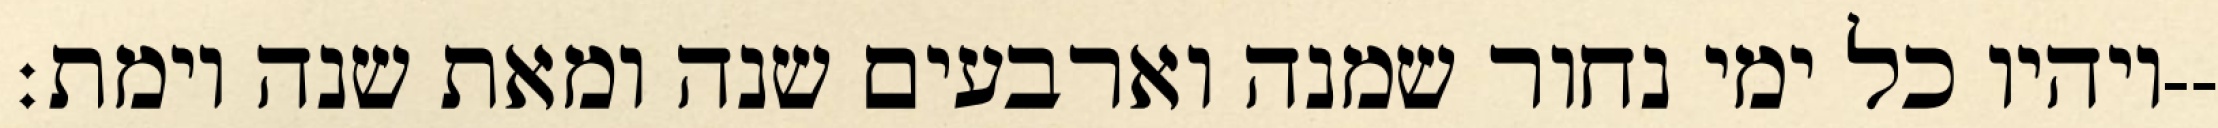
ויהיו כל ימי נחור שמנה וארבעים שנה ומאת שנה וימת׃--